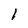
Character: 1